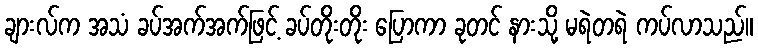
ချားလ်က အသံ ခပ်အက်အက်ဖြင့် ခပ်တိုးတိုး ပြောကာ ခုတင် နားသို့ မရဲတရဲ ကပ်လာသည်။